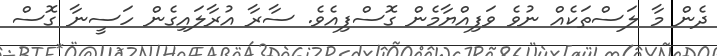
ދެން މާ ލަސްތަކެއް ނުވެ ވަފިއްޔާމެން ގޮސްފިއެވެ. ސާރާ އުރާލައިގެން ހަސީނާ ގޮސް